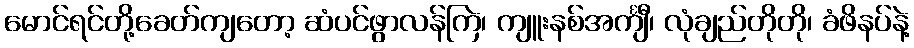
မောင်ရင်တို့ခေတ်ကျတော့ ဆံပင်ဖွာလန်ကြဲ၊ ကျူးနစ်အင်္ကျီ၊ လုံချည်တိုတို၊ ခံဖိနပ်နဲ့